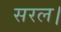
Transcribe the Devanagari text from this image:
सरल।